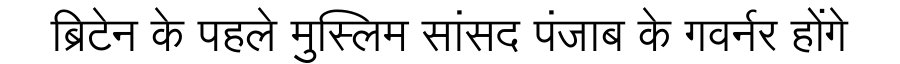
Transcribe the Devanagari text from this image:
ब्रिटेन के पहले मुस्लिम सांसद पंजाब के गवर्नर होंगे